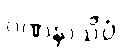
ဂဏနာသိပ္ပံ